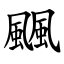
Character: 䬕